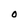
Character: O